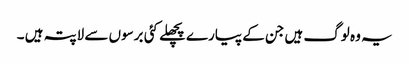
یہ وہ لوگ ہیں جن کے پیارے پچھلے کئی برسوں سے لاپتہ ہیں ۔